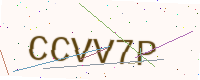
Text: CCVV7P